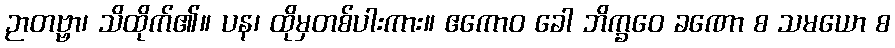
ဉာတဗ္ဗာ၊ သိထိုက်၏။ ပန၊ ထိုမှတစ်ပါးကား။ ဧကောဝ ခေါ ဘိက္ခဝေ ခဏော စ သမယော စ